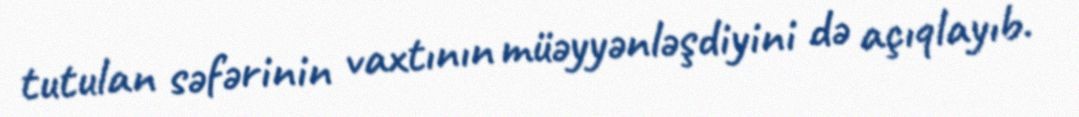
tutulan səfərinin vaxtının müəyyənləşdiyini də açıqlayıb.